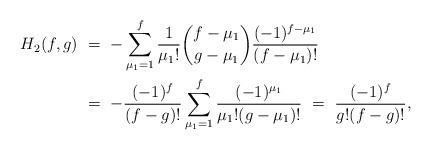
LaTeX: \begin{align*}H_2(f, g) \ &= \ - \sum_{\mu_1 = 1}^f \frac{1}{\mu_1 !} \binom{f - \mu_1}{g - \mu_1} \frac{(-1)^{f - \mu_1}}{(f-\mu_1)!}\\&= \ - \frac{(-1)^f}{(f-g)!} \sum_{\mu_1 = 1}^f \frac{(-1)^{\mu_1}}{\mu_1 ! (g-\mu_1)!} \ = \ \frac{(-1)^f}{g!(f-g)!},\end{align*}